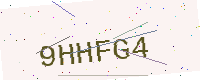
Text: 9HHFG4